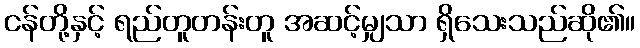
ငန်တို့နှင့် ရည်တူတန်းတူ အဆင့်မျှသာ ရှိသေးသည်ဆို၏။